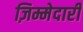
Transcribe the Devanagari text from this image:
ज़िम्मेदारी